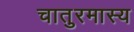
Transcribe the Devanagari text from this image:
चातुरमास्य